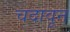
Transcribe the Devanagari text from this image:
चदावून